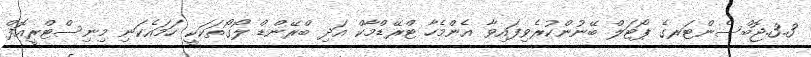
3.3.ޖޮބްސެންޓަރގެ ޕޯޓަލް ބޭނުންކުރެވިފައިވާ އެންމެހާ ޓްރޭޑްމާކް އަދި ބްރޭންޑް ލޯގޯތަކަކީ ހަމައެކަނި މިނިސްޓްރީއޮފް